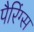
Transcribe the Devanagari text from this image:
पैरिंग्स